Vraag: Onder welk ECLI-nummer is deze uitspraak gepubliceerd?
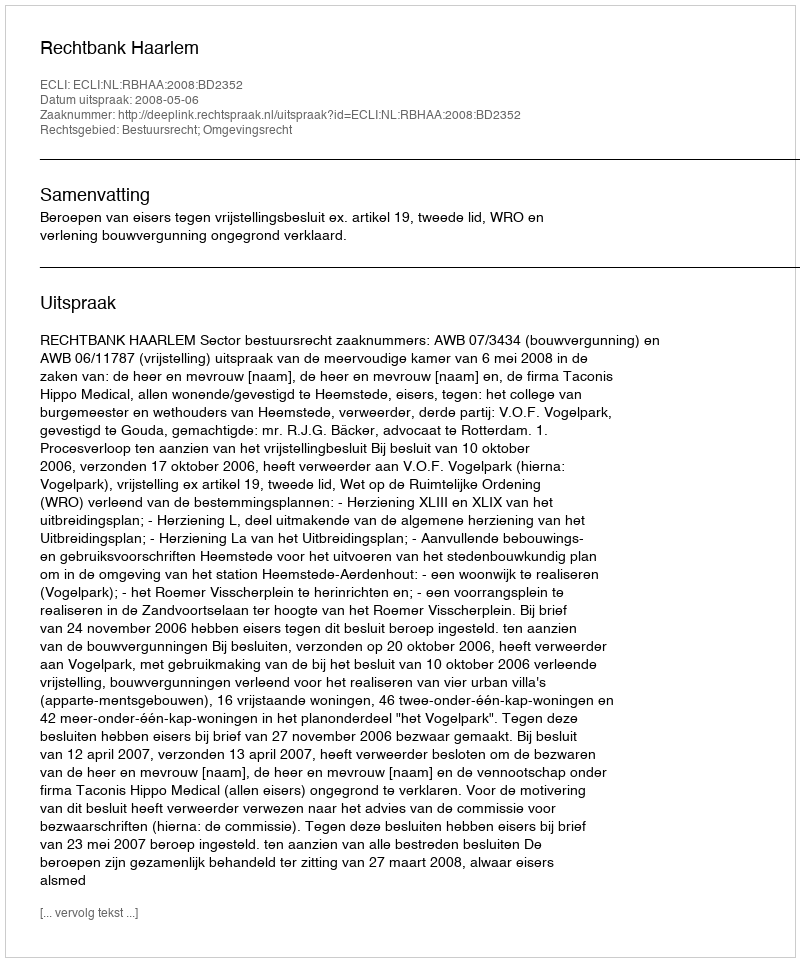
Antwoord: ECLI:NL:RBHAA:2008:BD2352